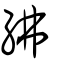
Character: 紼